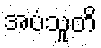
အပံသူတိ